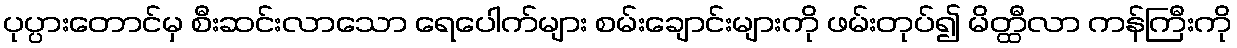
ပုပ္ပားတောင်မှ စီးဆင်းလာသော ရေပေါက်များ စမ်းချောင်းများကို ဖမ်းတုပ်၍ မိတ္ထီလာ ကန်ကြီးကို